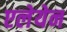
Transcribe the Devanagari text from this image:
एलेयेन